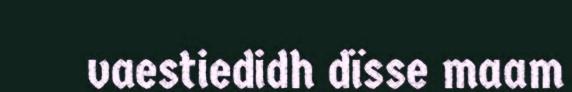
vaestiedidh dïsse maam